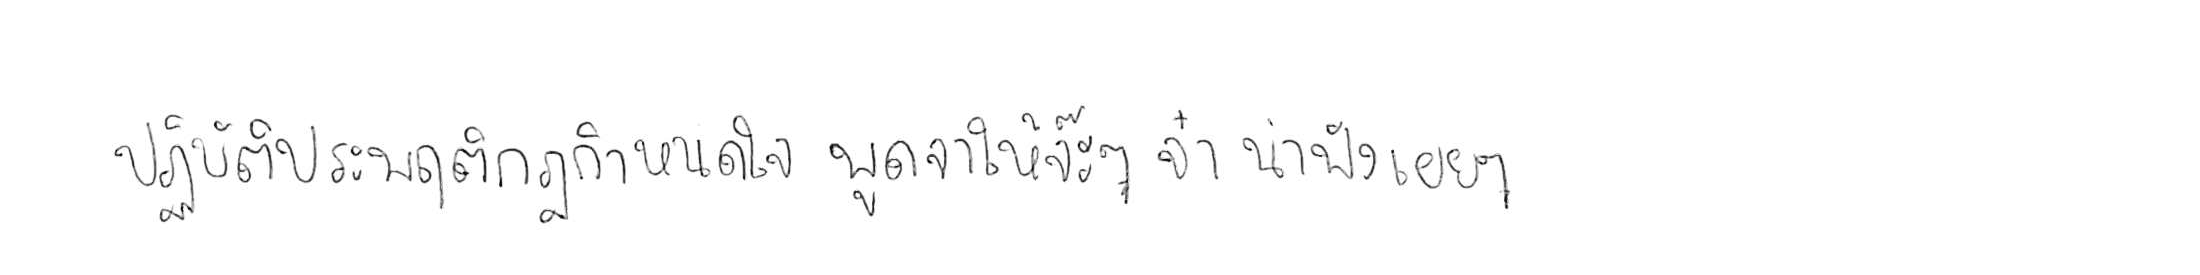
ปฏิบัติประพฤติกฎกำหนดใจ พูดจาให้จ๊ะๆ จ๋า น่าฟังเอยฯ